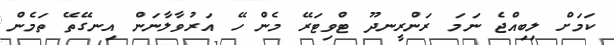
ކަމަށް ލިބިއްޖެ ނަމަ ރަންރީނދޫ ޓްވިޓަރޭ މެން ހޭ އަރުވާލާނަން އިނގޭތޭ ތަމެން